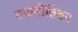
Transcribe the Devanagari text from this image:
राजनीतिक।